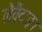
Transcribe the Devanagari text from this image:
लैवैंटाइन